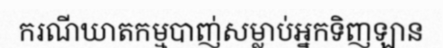
ករណីឃាតកម្មបាញ់សម្លាប់អ្នកទិញឡាន